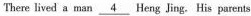
There lived a man \underline{4} Heng Jing. His parents